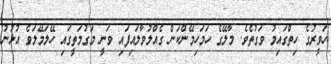
ހަވީރުގެ ހިތްގައިމު ވަގުތެވެ. މާލޭގެ ހަމަހިމޭންކަން ގެއްލުވާލައިފައި ވަނީ މަގުމަތީގައި ހޭލަމޭލަވެ އުޅުނު